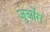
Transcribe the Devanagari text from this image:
जुओंग